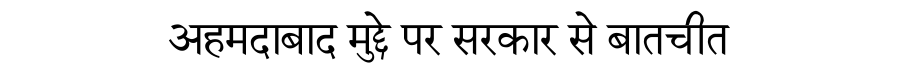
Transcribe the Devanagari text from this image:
अहमदाबाद मुद्दे पर सरकार से बातचीत